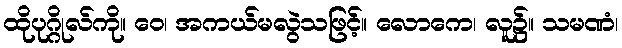
ထိုပုဂ္ဂိုလ်ကို။ ဝေ၊ အကယ်မလွဲသဖြင့်။ လောကေ၊ လူ၌။ သမဏံ၊